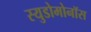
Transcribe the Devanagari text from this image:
स्युडोमोनॉस